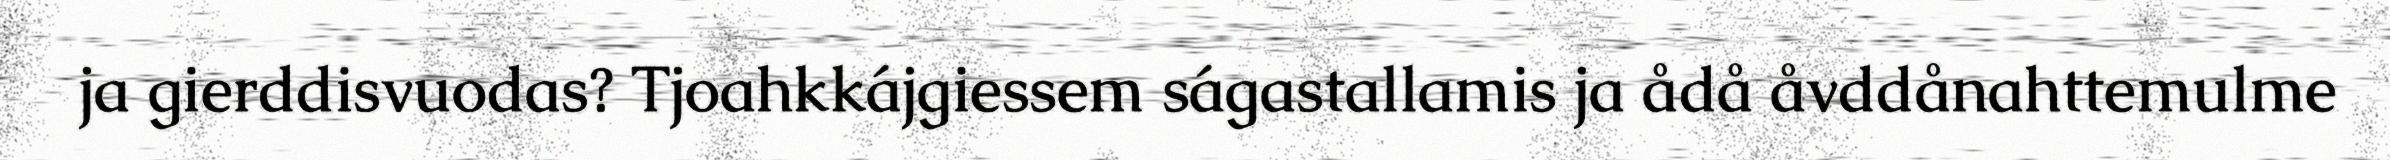
ja gierddisvuodas? Tjoahkkájgiessem ságastallamis ja ådå åvddånahttemulme